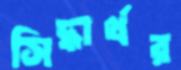
সিদ্ধার্থর